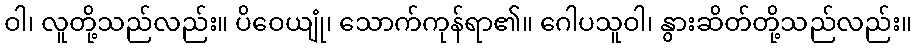
ဝါ၊ လူတို့သည်လည်း။ ပိဝေယျုံ၊ သောက်ကုန်ရာ၏။ ဂေါပသူဝါ၊ နွားဆိတ်တို့သည်လည်း။